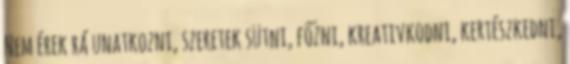
Nem érek rá unatkozni, szeretek sütni, főzni, kreativkodni, kertészkedni,